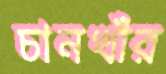
চানখাঁর